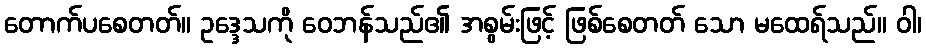
တောက်ပစေတတ်။ ဥဒ္ဒေသကို ဝေဘန်သည်၏ အစွမ်းဖြင့် ဖြစ်စေတတ် သော မထေရ်သည်။ ဝါ၊